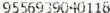
9556939040116